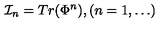
{ \cal I } _ { n } = T r ( \Phi ^ { n } ) , ( n = 1 , \ldots )